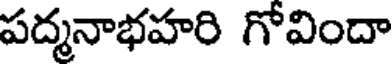
పద్మనాభహరి గోవిందా